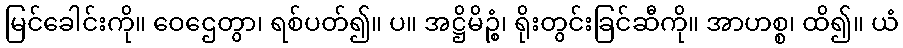
မြင်ခေါင်းကို။ ဝေဌေတွာ၊ ရစ်ပတ်၍။ ပ။ အဋ္ဌိမိဉ္စံ၊ ရိုးတွင်းခြင်ဆီကို။ အာဟစ္စ၊ ထိ၍။ ယံ